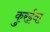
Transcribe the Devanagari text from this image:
कुरईवा